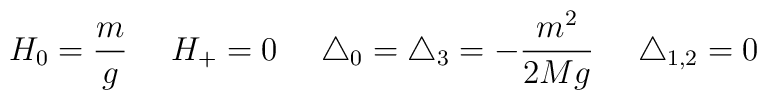
H_{0} = \frac{m}{g}  \ \ \ \ H_{+} = 0  \ \ \ \ \triangle_{0} =  \triangle_{3} = - \frac{m^{2}}{2Mg}  \ \ \ \ \triangle_{1,2} = 0